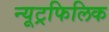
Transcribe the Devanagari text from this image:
न्यूट्रफिलिक